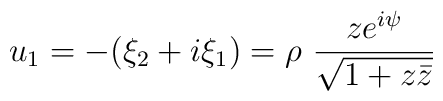
u_{1} = -(\xi_{2} + i \xi_{1}) = \rho~\frac{z e^{i\psi}}{\sqrt{1+z\bar{z}}}